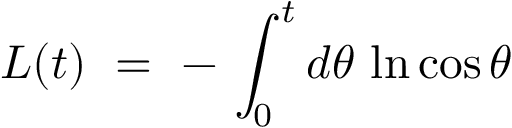
L ( t ) ~ = ~ - \, \int _ { 0 } ^ { t } d \theta \, \ln \cos \theta